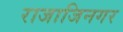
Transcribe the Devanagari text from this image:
राजाजिनगर